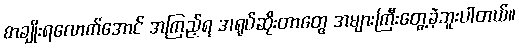
စာချိုးရလောက်အောင် အကြည့်ရ အရုပ်ဆိုးတာတွေ အများကြီးတွေ့ခဲ့ဘူးပါတယ်။